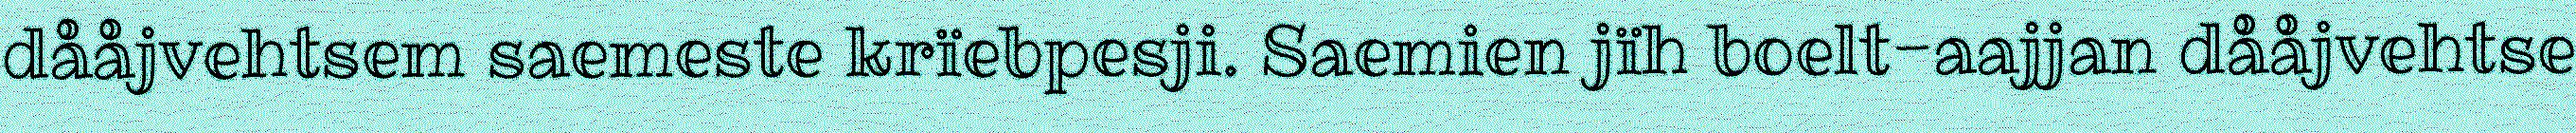
dååjvehtsem saemeste krïebpesji. Saemien jïh boelt-aajjan dååjvehtse